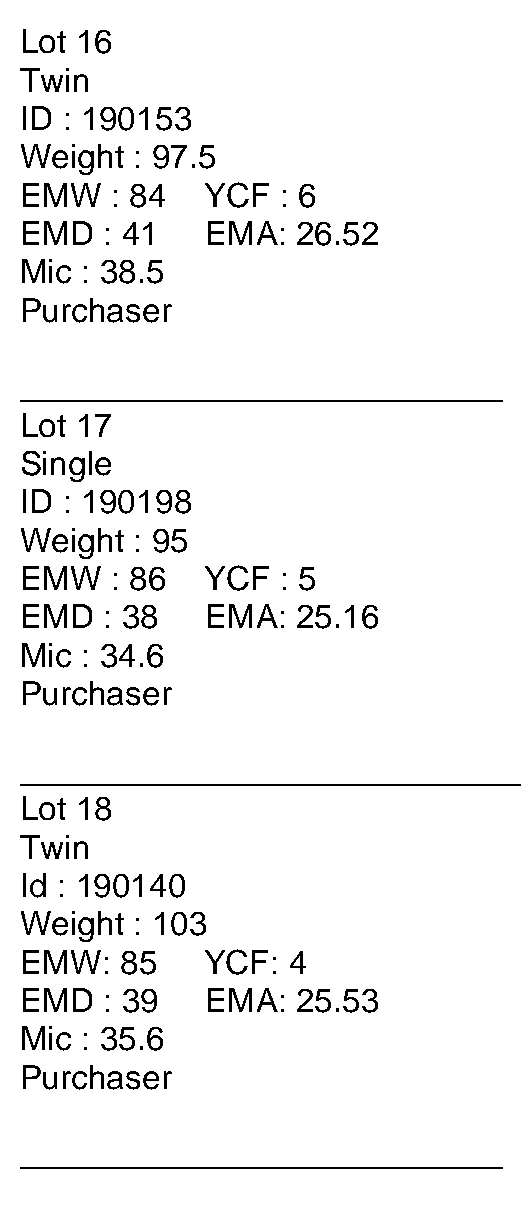
Lot 16
 Twin
 ID : 190153
 Weight  : 97.5
 EMW   : 84  YCF  : 6
 EMD   : 41   EMA:  26.52
 Mic : 38.5
 Purchaser
 __________________________
 Lot 17
 Single
 ID : 190198
 Weight  : 95
 EMW   : 86  YCF  : 5
 EMD   : 38   EMA:  25.16
 Mic : 34.6
 Purchaser
 ___________________________
 Lot 18
 Twin
 Id : 190140
 Weight  : 103
 EMW:   85   YCF:  4
 EMD   : 39   EMA:  25.53
 Mic : 35.6
 Purchaser
 __________________________